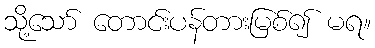
သို့သော် တောင်းပန်တားမြစ်၍ မရ။